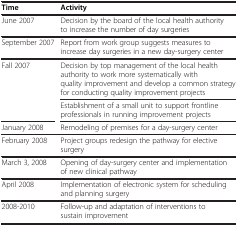
| Time | Activity |
 | --- | --- |
 | June 2007 | Decision by the board of the local health authority to increase the number of day surgeries |
 | September 2007 | Report from work group suggests measures to increase day surgeries in a new day-surgery center |
 | <ROWSPAN=2> Fall 2007 | Decision by top management of the local health authority to work more systematically with quality improvement and develop a common strategy for conducting quality improvement projects |
 | Establishment of a small unit to support frontline professionals in running improvement projects |
 | January 2008 | Remodeling of premises for a day-surgery center |
 | February 2008 | Project groups redesign the pathway for elective surgery |
 | March 3, 2008 | Opening of day-surgery center and implementation of new clinical pathway |
 | April 2008 | Implementation of electronic system for scheduling and planning surgery |
 | 2008-2010 | Follow-up and adaptation of interventions to sustain improvement |